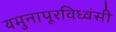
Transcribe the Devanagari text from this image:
यमुनापूरविध्वंसी